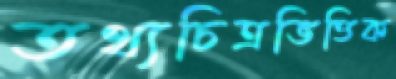
তথ্যচিত্রভিত্তিক